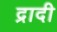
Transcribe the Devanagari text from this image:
द्रादी